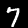
Label: 7